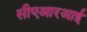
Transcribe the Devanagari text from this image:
सीएआरआई